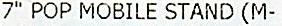
7" POP MOBILE STAND (M-